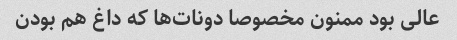
عالی بود ممنون مخصوصا دونات‌ها که داغ هم بودن